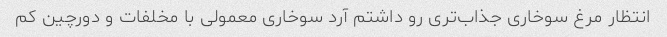
انتظار مرغ سوخاری جذاب‌تری رو داشتم آرد سوخاری معمولی با مخلفات و دورچین کم